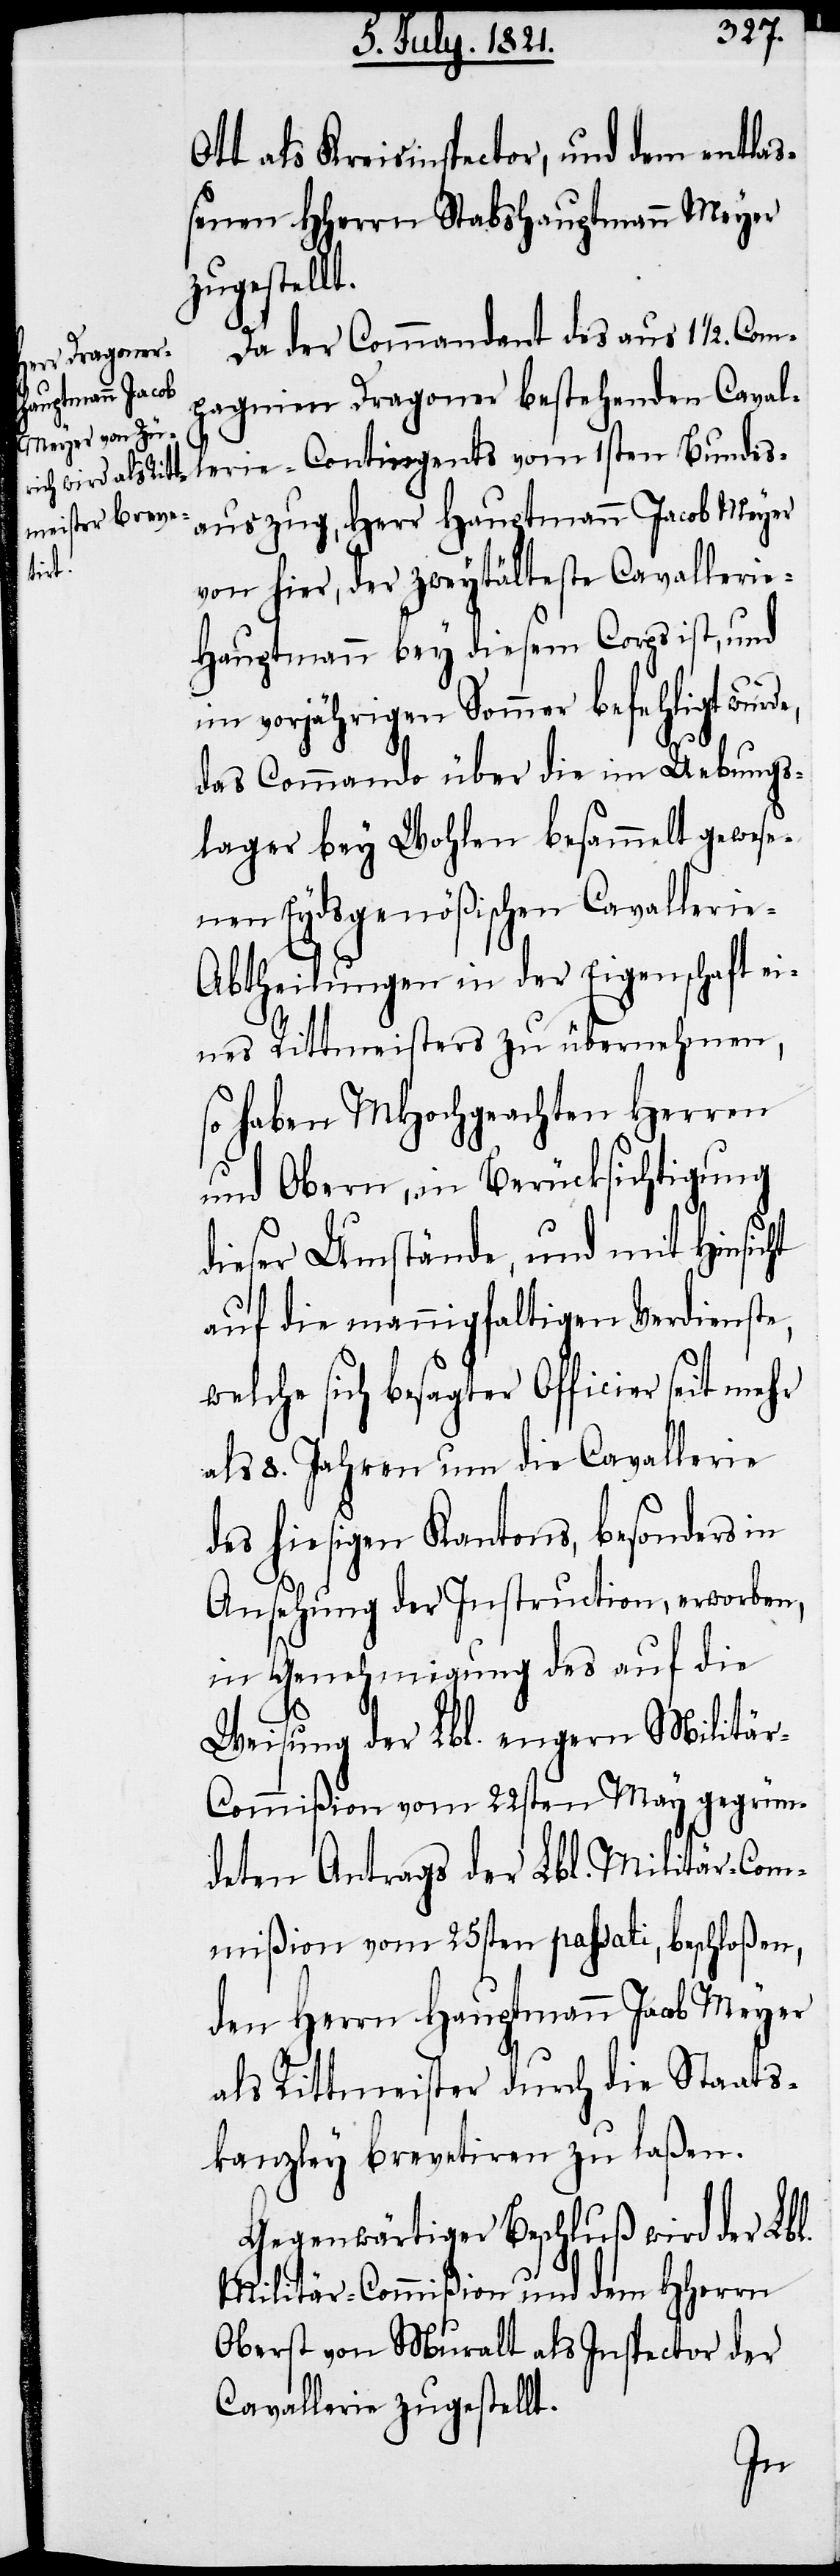
ht

Ott als Kreisinspector, und dem entlaß¬
enen HHerrn Stabshauptmann Meyer
zugestellt.
Da der Commandant des aus 11/2. Com¬
pagnien Dragoner bestehenden Caval¬
lerie-Contingents vom 1sten Bundes¬
auszug, Herr Hauptmann Jacob Meyer
von hier, der zweytälteste Cavalleri¬
e-Hauptmann bey diesem Corps ist, und
im vorjährigen Sommer befehligt wurd¬
das Commando über die im Uebungs¬
lager bey Wohlen besammelt gewese¬
nen Eydsgenößischen Cavallerie-A¬
btheilungen in der Eigenschaft ei¬
nes Rittmeisters zu übernehmen,
so haben MHochgeachten Herren
und Obern, in Berücksichtigung
dieser Umstände, und mit Hinsic¬
auf die mannigfaltigen Verdienste,
welche sich besagter Officier seit mehr
als 8. Jahren um die Cavallerie
des hiesigen Kantons, besonders in
Ansehung der Instruction, erworben,
in Genehmigung des auf die
Weisung der Lbl. engern Militä¬
r-Commißion vom 22sten May gegrün¬
deten Antrags der Lbl. Militär-Com¬
mißion vom 25sten passati, beschloßen,
den Herrn Hauptmann Jacob Meyer
als Rittmeister durch die Staats¬
kanzley brevetiren zu laßen.
Gegenwärtiger Beschluß wird der Lbl.
Militär-Commißion und dem HHerrn
Oberst von Muralt als Inspector der
Cavallerie zugestellt.
e,